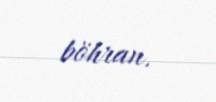
böhran.